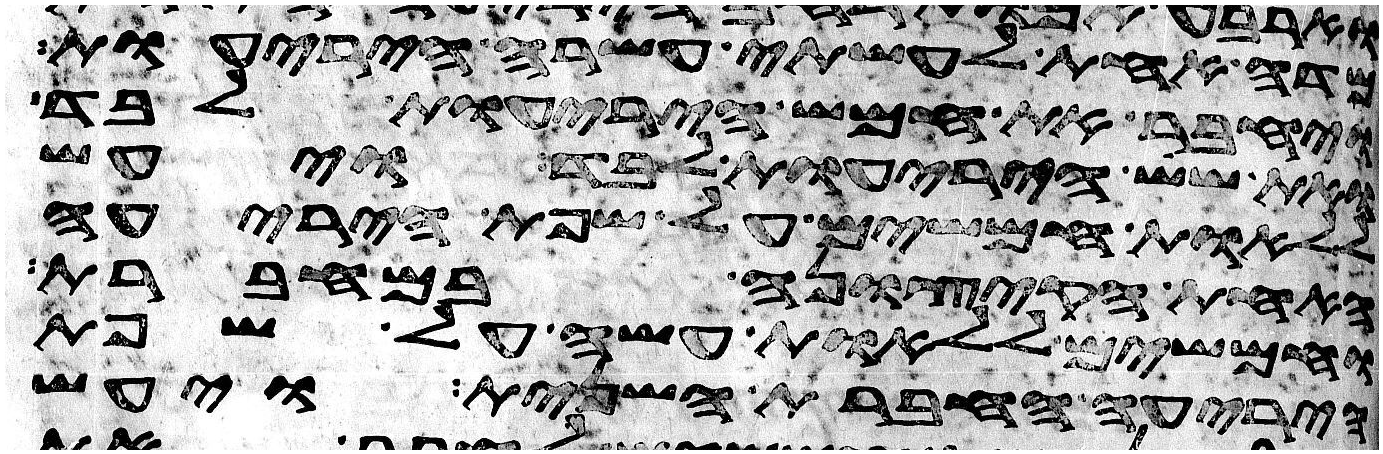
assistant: מדה אחת לעשתה עשרה היריעות
ויחבר את חמש היריעות לבד
ואת שש היריעות לבד ויעש
ללאות חמשים על שפת היריעה
האחת הקצונה במחברת
וחמשים ללאות עשה על שפת
היריעה החברת השנית ויעש